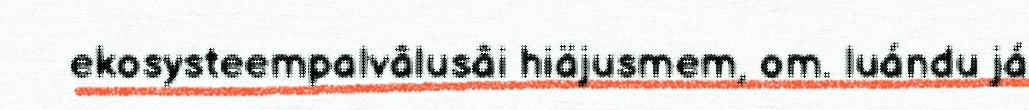
ekosysteempalvâlusâi hiäjusmem, om. luándu já